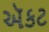
ઍકટ